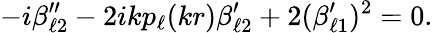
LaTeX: -i\beta_{\ell 2}^{\prime\prime}-2ikp_{\ell}(kr)\beta_{\ell 2}^{\prime}+2(\beta_{\ell 1}^{\prime})^{2}=0.